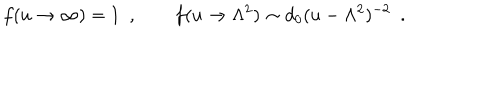
LaTeX: f ( u \to \infty ) = 1 \ \ , \qquad f ( u \to \Lambda ^ { 2 } ) \sim d _ { 0 } ( u - \Lambda ^ { 2 } ) ^ { - 2 } \ \ .